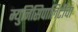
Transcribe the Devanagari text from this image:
म्युनिसिपालिटीचा